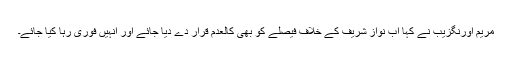
مریم اورنگزیب نے کہا اب نواز شریف کے خلاف فیصلے کو بھی کالعدم قرار دے دیا جائے اور انہیں فوری رہا کیا جائے۔